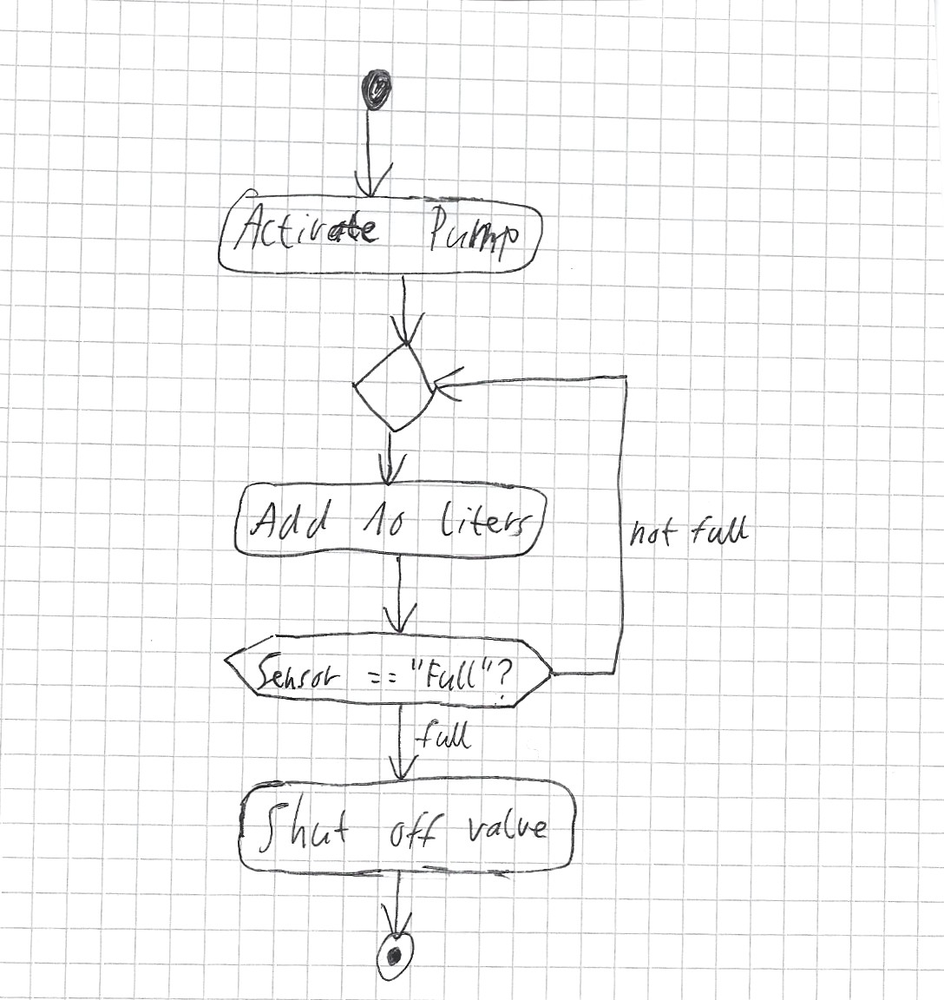
Diagram type: activity_diagram
```plantuml
@startuml

start
:Activate Pump;
repeat
  :Add 10 Liters;
repeat while (Sensor == "Full"?) is (not full) not(full)
:Shut off valve;
stop

@enduml
```